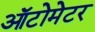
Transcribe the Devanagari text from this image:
ऑटोमेटर